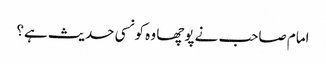
امام صاحب نے پوچھا وہ کونسی حدیث ہے؟